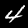
Label: 4